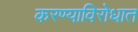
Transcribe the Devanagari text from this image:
करण्याविरोधात